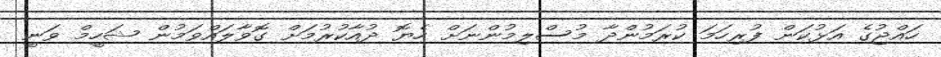
ހައްޖުގެ އަޅުކަން ފުރިހަމަ ކުރަމުންދާ މުސްލިމުންނަށް ހެޔޮ ދުއާކުރުމަށް ގޮވާލައްވަމުން ޝަހީމް ވަނީ